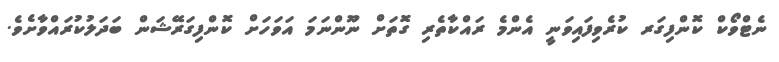
ނެޓްވޯކް ކޮންފިގަރ ކުރެވިފައިވަނީ އެންމެ ރައްކާތެރި ގޮތަށް ނޫންނަމަ އަވަހަށް ކޮންފިގަރޭޝަން ބަދަލުކުރައްވާށެވެ.